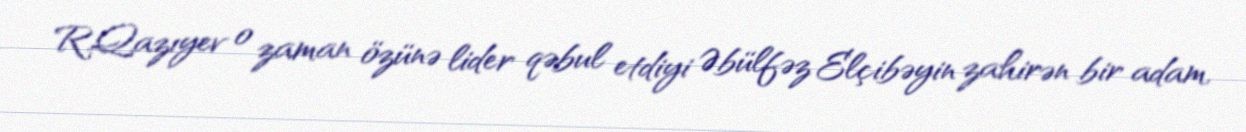
R.Qazıyev o zaman özünə lider qəbul etdiyi Əbülfəz Elçibəyin zahirən bir adam,